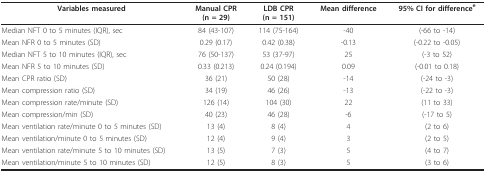
| Variables measured | Manual CPR(n = 29) | LDB CPR(n = 151) | Mean difference | 95% CI for differencee |
 | --- | --- | --- | --- | --- |
 | Median NFT 0 to 5 minutes (IQR), sec | 84 (43-107) | 114 (75-164) | -40 | (-66 to -14) |
 | Mean NFR 0 to 5 minutes (SD) | 0.29 (0.17) | 0.42 (0.38) | -0.13 | (-0.22 to -0.05) |
 | Median NFT 5 to 10 minutes (IQR), sec | 76 (50-137) | 53 (37-97) | 25 | (-3 to 52) |
 | Mean NFR 5 to 10 minutes (SD) | 0.33 (0.213) | 0.24 (0.194) | 0.09 | (-0.01 to 0.18) |
 | Mean CPR ratio (SD) | 36 (21) | 50 (28) | -14 | (-24 to -3) |
 | Mean compression ratio (SD) | 34 (19) | 46 (26) | -13 | (-22 to -3) |
 | Mean compression rate/minute (SD) | 126 (14) | 104 (30) | 22 | (11 to 33) |
 | Mean compression/min (SD) | 40 (23) | 46 (28) | -6 | (-17 to 5) |
 | Mean ventilation rate/minute 0 to 5 minutes (SD) | 13 (4) | 8 (4) | 4 | (2 to 6) |
 | Mean ventilation/minute 0 to 5 minutes (SD) | 12 (4) | 9 (4) | 3 | (2 to 5) |
 | Mean ventilation rate/minute 5 to 10 minutes (SD) | 13 (5) | 7 (3) | 5 | (4 to 7) |
 | Mean ventilation/minute 5 to 10 minutes (SD) | 12 (5) | 8 (3) | 5 | (3 to 6) |